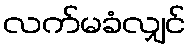
လက်မခံလျှင်